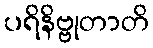
ပရိနိဗ္ဗုတာတိ